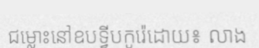
ជម្លោះនៅឧបទ្វីបកូរ៉េដោយ៖ លាង